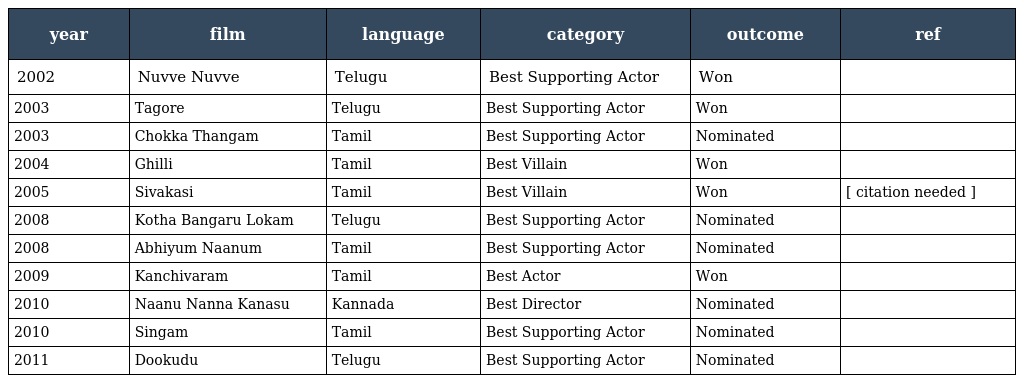
| year | film | language | category | outcome | ref |
 | --- | --- | --- | --- | --- | --- |
 | 2002 | Nuvve Nuvve | Telugu | Best Supporting Actor | Won |  |
 | 2003 | Tagore | Telugu | Best Supporting Actor | Won |  |
 | 2003 | Chokka Thangam | Tamil | Best Supporting Actor | Nominated |  |
 | 2004 | Ghilli | Tamil | Best Villain | Won |  |
 | 2005 | Sivakasi | Tamil | Best Villain | Won | [ citation needed ] |
 | 2008 | Kotha Bangaru Lokam | Telugu | Best Supporting Actor | Nominated |  |
 | 2008 | Abhiyum Naanum | Tamil | Best Supporting Actor | Nominated |  |
 | 2009 | Kanchivaram | Tamil | Best Actor | Won |  |
 | 2010 | Naanu Nanna Kanasu | Kannada | Best Director | Nominated |  |
 | 2010 | Singam | Tamil | Best Supporting Actor | Nominated |  |
 | 2011 | Dookudu | Telugu | Best Supporting Actor | Nominated |  |